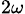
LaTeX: _{2\omega}